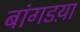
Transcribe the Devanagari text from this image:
बांगडय़ा